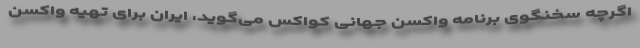
اگرچه سخنگوی برنامه واکسن جهانی کواکس می‌گوید، ایران برای تهیه واکسن